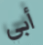
أبي